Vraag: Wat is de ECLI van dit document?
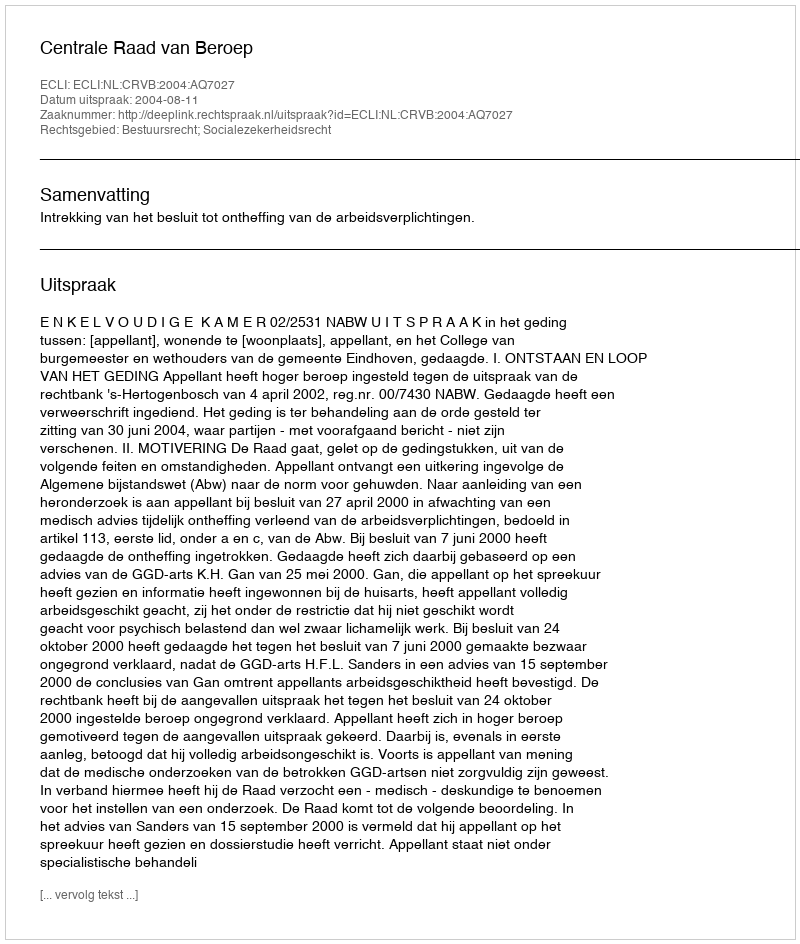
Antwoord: ECLI:NL:CRVB:2004:AQ7027